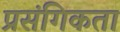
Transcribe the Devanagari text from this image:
प्रसंगिकता